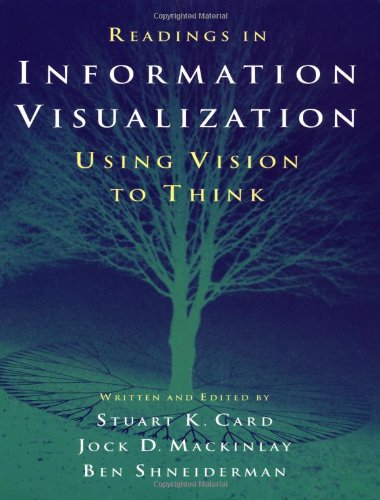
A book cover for Readings in Information Visualization: Using Vision to Think (Interactive Technologies); Computers & Technology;